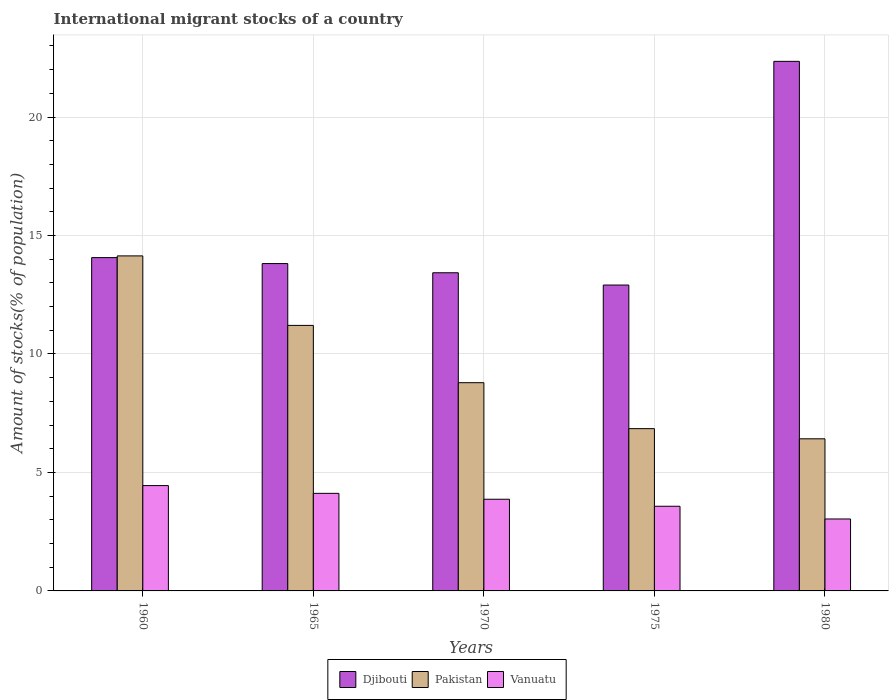
| Years | Djibouti | Pakistan | Vanuatu |
 | --- | --- | --- | --- |
 | 1960 | 14.1 | 14.1 | 4.45 |
 | 1965 | 13.8 | 11.2 | 4.12 |
 | 1970 | 13.4 | 8.79 | 3.87 |
 | 1975 | 12.9 | 6.85 | 3.57 |
 | 1980 | 22.4 | 6.42 | 3.04 |